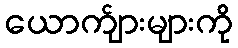
ယောက်ျားများကို